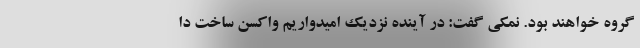
گروه خواهند بود. نمکی گفت: در آینده نزدیک امیدواریم واکسن ساخت دا